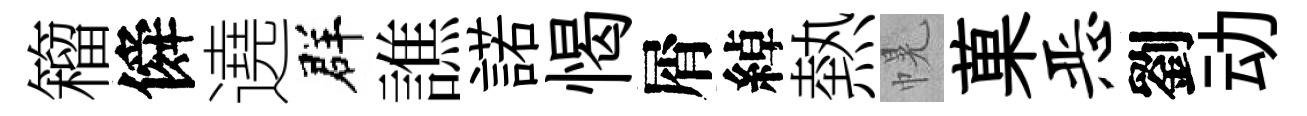
籕僢遶群譙諾愒屑綽熱幌菓恶劉动